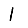
Digit: 1